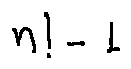
n ! - 1